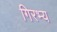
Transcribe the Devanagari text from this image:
गिरभ्य